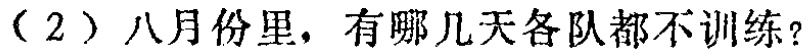
（2）八月份里，有哪几天各队都不训练？